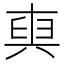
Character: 𠔧